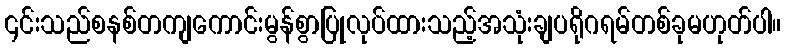
၎င်းသည်စနစ်တကျကောင်းမွန်စွာပြုလုပ်ထားသည့်အသုံးချပရိုဂရမ်တစ်ခုမဟုတ်ပါ။